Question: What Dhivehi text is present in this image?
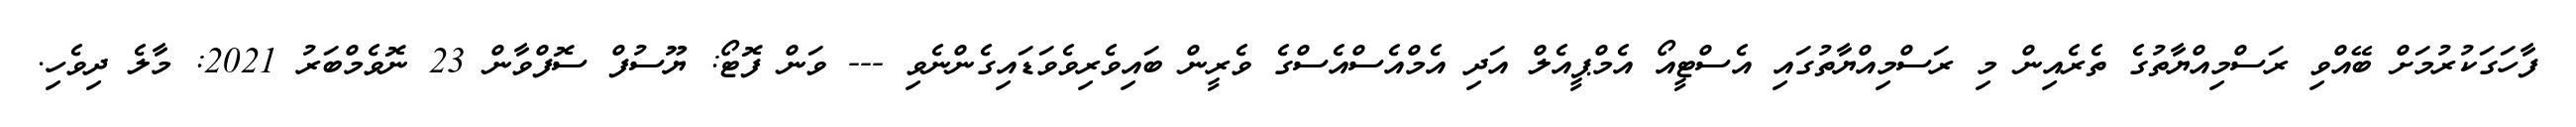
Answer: ފާހަގަކުރުމަށް ބޭއްވި ރަސްމިއްޔާތުގެ ތެރެއިން މި ރަސްމިއްޔާތުގައި އެސްޓީއޯ އެމްޕީއެލް އަދި އެމްއެސްއެސްގެ ވެރީން ބައިވެރިވެވަޑައިގެންނެވި --- ވަން ފޮޓޯ: ޔޫސުފް ސޮފްވާން 23 ނޮވެމްބަރު 2021: މާލެ ދިވެހި.